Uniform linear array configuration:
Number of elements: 48
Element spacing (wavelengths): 0.75
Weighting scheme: hamming
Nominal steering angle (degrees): -60
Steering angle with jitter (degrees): -61.542
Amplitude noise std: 0.05
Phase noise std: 0.05

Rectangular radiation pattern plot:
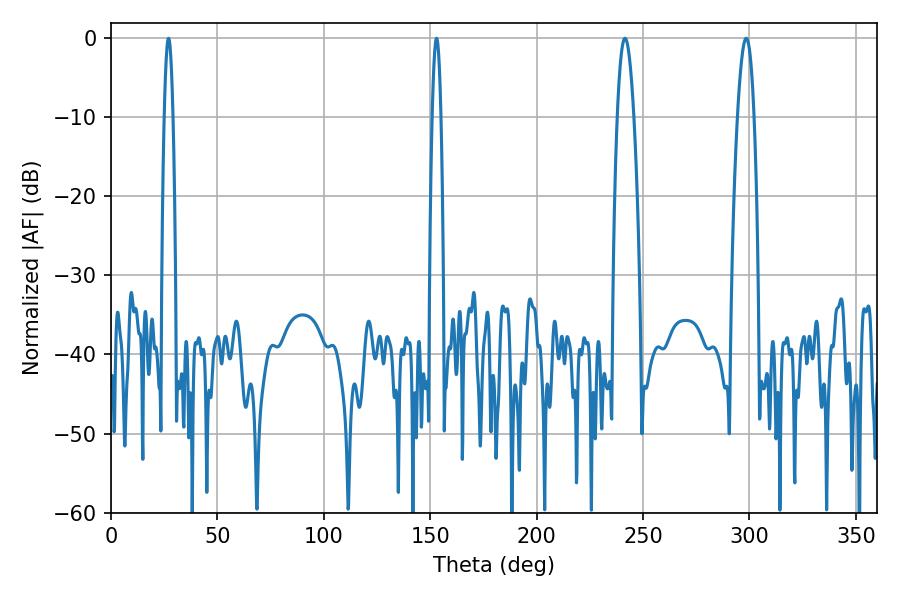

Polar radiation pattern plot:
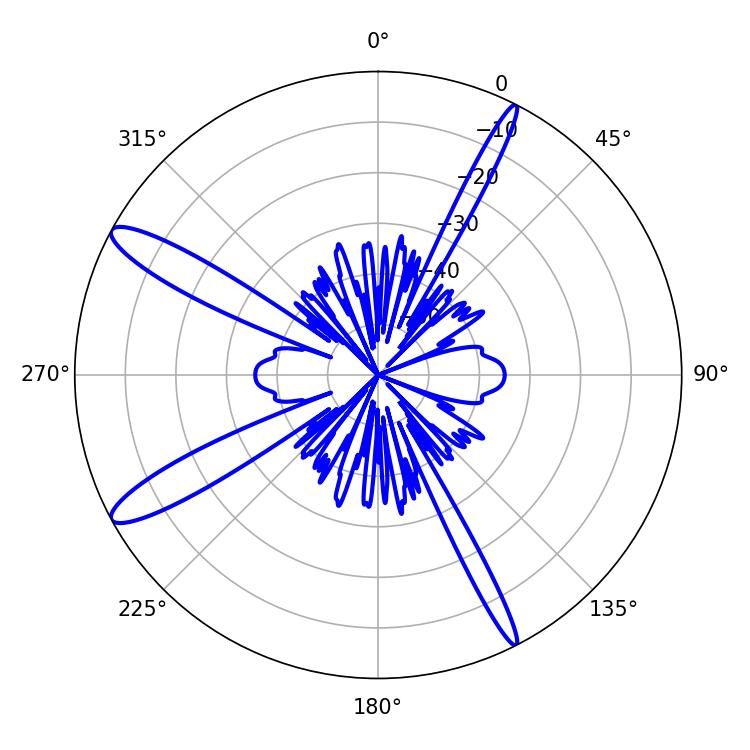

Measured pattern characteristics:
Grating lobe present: TRUE
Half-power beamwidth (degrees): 4.32
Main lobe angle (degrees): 298.44